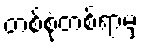
တစ်စုံတစ်ရာမှ